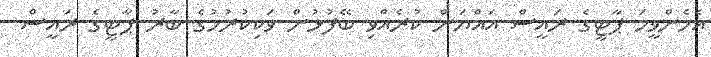
އެހެންވީމަ ޕާޓީގެ ރައީސް އައްޔަން ކުރެއްވި ބޭފުޅުން ވަކިކުރުމުގެ ބާރު ޕާޓީގެ ރައީސް